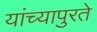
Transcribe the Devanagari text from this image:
यांच्यापुरते